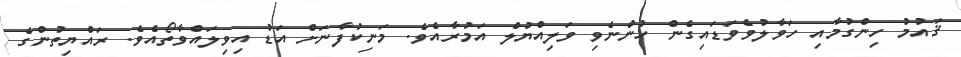
ޤައުމު ހިންގުމާއި ހަވާލުވެވަޑައިގެން ހުންނެވި ވަލިއްޔުލް އަމުރާއެވެ. މަނިކުފާނަށް އަޑު އިވިލައްވާތޯއެވެ. ރައްޔިތުންގެ